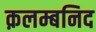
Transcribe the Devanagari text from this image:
क़लम्बनिद